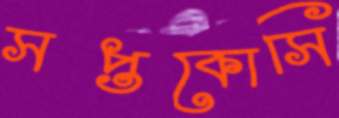
সপ্তকোসি